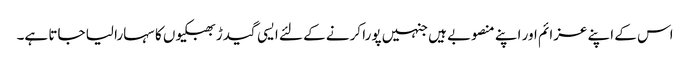
اس کے اپنے عزائم اور اپنے منصوبے ہیں جنہیں پورا کرنے کے لئے ایسی گیدڑ بھبکیوں کا سہارا لیا جاتا ہے۔